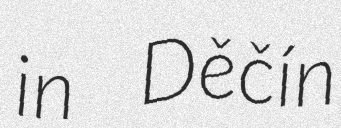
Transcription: in Děčín